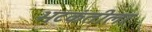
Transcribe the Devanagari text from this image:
भटकंतीला